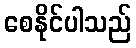
စေနိုင်ပါသည်